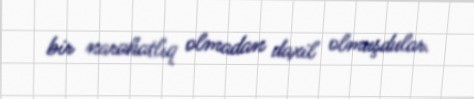
bir narahatlıq olmadan daxil olmuşdular.